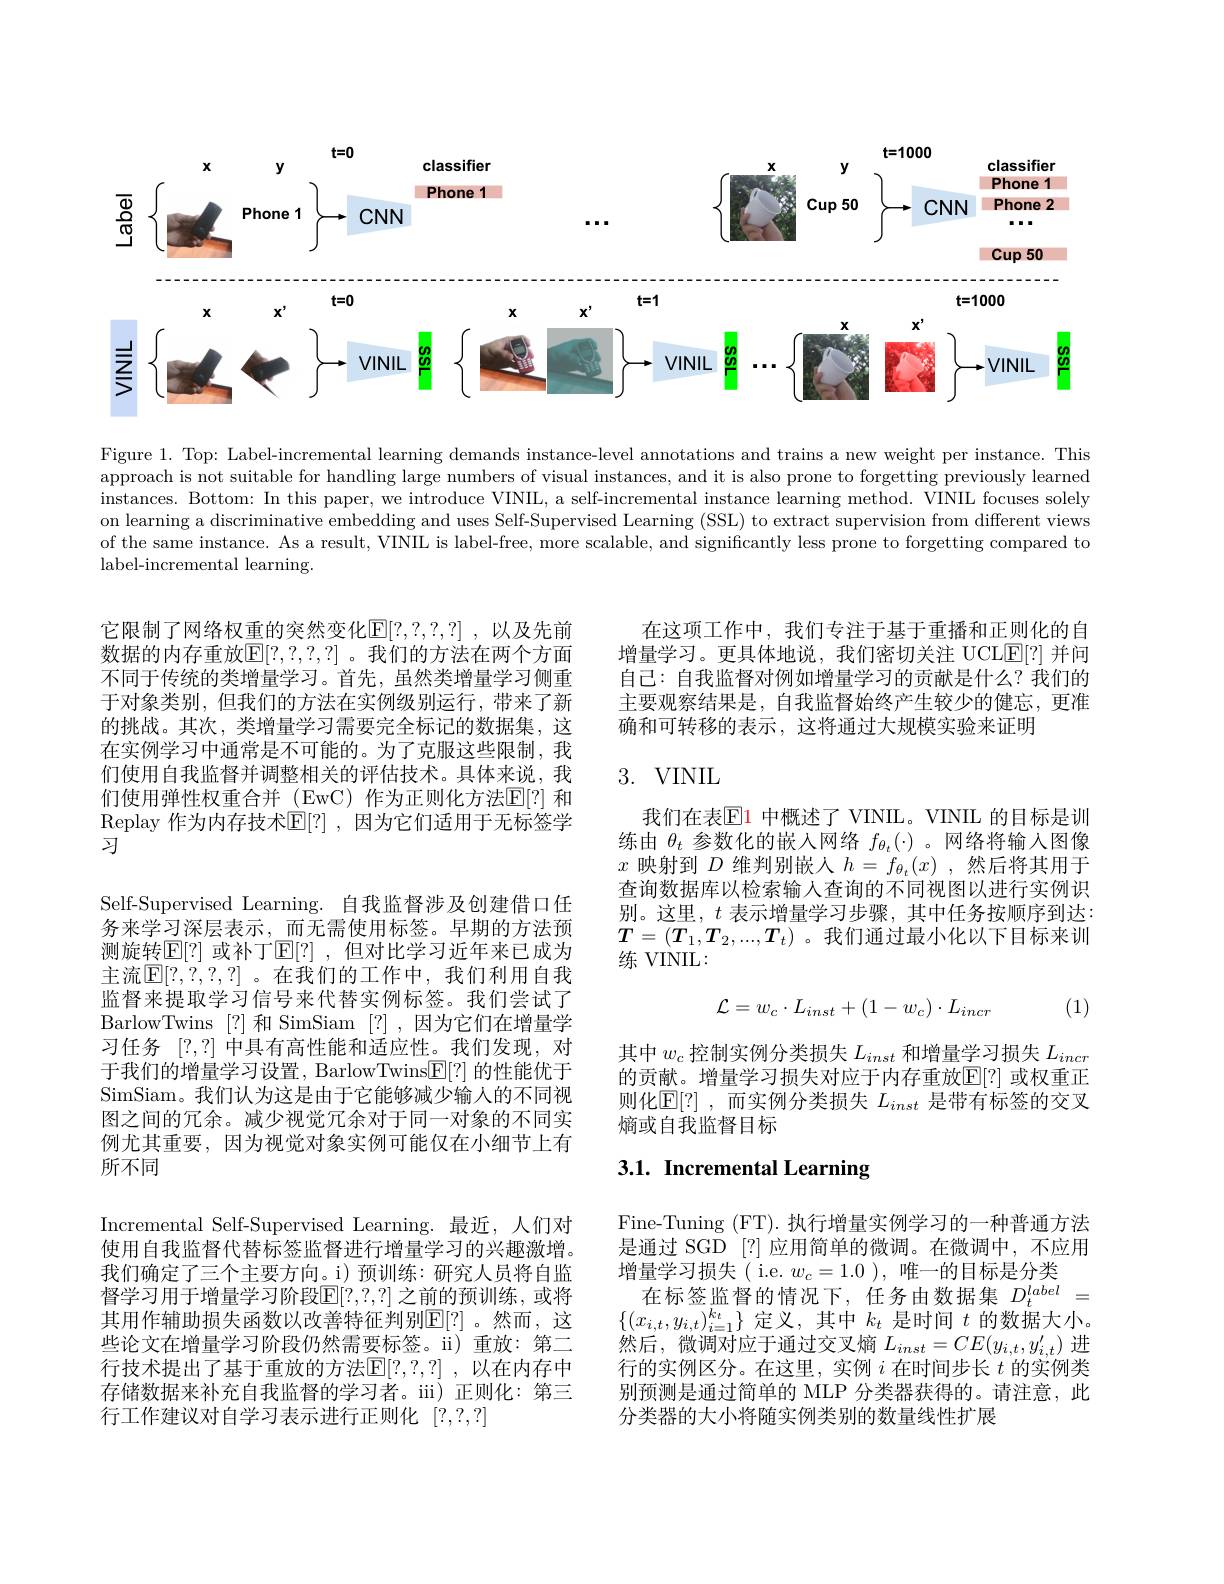
<FigureHere>

Figure 1. Top: Label-incremental learning demands instance-level annotations and trains a new weight per instance. This approach is not suitable for handling large numbers of visual instances, and it is also prone to forgetting previously learned instances. Bottom: In this paper, we introduce VINIL, a self-incremental instance learning method. VINIL focuses solely on learning a discriminative embedding and uses Self-Supervised Learning (SSL) to extract supervision from different views of the same instance. As a result, VINIIL is label-free, more scalable, and significantly less prone to forgetting compared to label-incremental learning.

在这项工作中，我们专注于基于重播和正则化的自增量学习。更具体地说，我们密切关注 UCLE[?] 并问自己：自我监督对例如增量学习的贡献是什么？我们的主要观察结果是，自我监督始终产生较少的健忘，更准确和可转移的表示，这将通过大规模实验来证明

它限制了网络权重的突然变化$\mathbb{E}[?,?,?,?]$ ,以及先前数据的内存重放$\mathbb{E}[?,?,?,?]$。我们的方法在两个方面不同于传统的类增量学习。首先，虽然类增量学习侧重于对象类别，但我们的方法在实例级别运行，带来了新的挑战。其次，类增量学习需要完全标记的数据集，这在实例学习中通常是不可能的。为了克服这些限制，我们使用自我监督并调整相关的评估技术。具体来说，我们使用弹性权重合并 (EwC) 作为正则化方法$\mathbb{E}[?]$ 和Replay 作为内存技术$\mathbb{E}[?]$ ,因为它们适用于无标签学习

## 3. VINIL

我们在表$\color{red}{\mathrm{E}}\color{red}{1}$ 中概述了 VINIL。VINIL 的目标是训练由$\theta_t$参数化的嵌入网络$f_{\theta_t}(\cdot)$。网络将输入图像$x$映射到$D$维判别嵌人$h=f_{\theta_t}(x)$,然后将其用于查询数据库以检索输入查询的不同视图以进行实例识别。这里，$t$表示增量学习步骤，其中任务按顺序到达： $T=(T_1,T_2,...,T_t)$ 。我们通过最小化以下目标来训练 VINIL:

Self-Supervised Learning. 自我监督涉及创建借口任务来学习深层表示，而无需使用标签。早期的方法预测旋转$\mathbb{E}[?]$ 或补丁$\mathbb{E}[?]$ ,但对比学习近年来已成为主流$\mathbb{E}[?,?,?,?]$。在我们的工作中，我们利用自我监督来提取学习信号来代替实例标签。我们尝试了BarlowTwins [?]和 SimSiam [?],因为它们在增量学习任务[?,?]中具有高性能和适应性。我们发现，对于我们的增量学习设置，BarlowTwins$\underline{\mathrm{E}}[?]$的性能优于SimSiam。我们认为这是由于它能够减少输人的不同视图之间的冗余。减少视觉冗余对于同一对象的不同实例尤其重要，因为视觉对象实例可能仅在小细节上有所不同
Incremental Self-Supervised Learning.最近，人们对使用自我监督代替标签监督进行增量学习的兴趣激增。我们确定了三个主要方向。i) 预训练：研究人员将自监督学习用于增量学习阶段$\mathbb{E}[?,?,?]$ 之前的预训练，或将其用作辅助损失函数以改善特征判别$\mathbb{E}[?]$。然而，这些论文在增量学习阶段仍然需要标签。i)重放：第二行技术提出了基于重放的方法$\mathbb{E}[?,?,?]$ ,以在内存中存储数据来补充自我监督的学习者。ii) 正则化：第三行工作建议对自学习表示进行正则化[?,?,?]

(1)
$$\mathcal{L}=w_c\cdot L_{inst}+(1-w_c)\cdot L_{incr}$$
其中$w_c$控制实例分类损失$L_inst$和增量学习损失$L_incr$ 的贡献。增量学习损失对应于内存重放$\mathbb{E}[?]$ 或权重正则化$\mathbb{E}[?]$ ,而实例分类损失 $L_inst$ 是带有标签的交叉熵或自我监督目标

# 3.1. Incremental Learning

Fine-Tuning (FT). 执行增量实例学习的一种普通方法是通过 SGD [?] 应用简单的微调。在微调中，不应用增量学习损失( i.e. $w_c=1.0$ ),唯一的目标是分类
在标签监督的情况下，任务由数据集$D_{4}^{label}=$ $\{(x_{i,t},y_{i,t})_{i=1}^{k_t}\}$定义，其中$k_t$是时间$t$的数据大小。然后，微调对应于通过交叉熵$L_inst=CE(y_{i,t},y_{i,t}^{\prime})$进行的实例区分。在这里，实例$i$在时间步长$t$的实例类别预测是通过简单的 MLP 分类器获得的。请注意，此分类器的大小将随实例类别的数量线性扩展